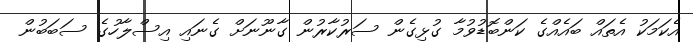
އެކަމަކު އެތައް ބައެއްގެ ކަންބޮޑުވުމާ ގުޅިގެން ސަރުކާރުން ގާނޫނަށް ގެނައި އިސްލާހުގެ ސަބަބުން